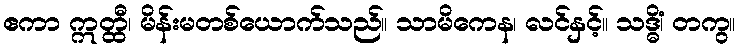
ဧကာ ဣတ္ထီ၊ မိန်းမတစ်ယောက်သည်။ သာမိကေန၊ လင်နှင့်။ သဒ္ဓိံ၊ တကွ။